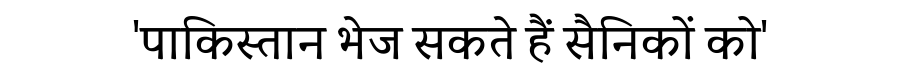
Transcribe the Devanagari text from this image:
'पाकिस्तान भेज सकते हैं सैनिकों को'